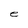
Character: e